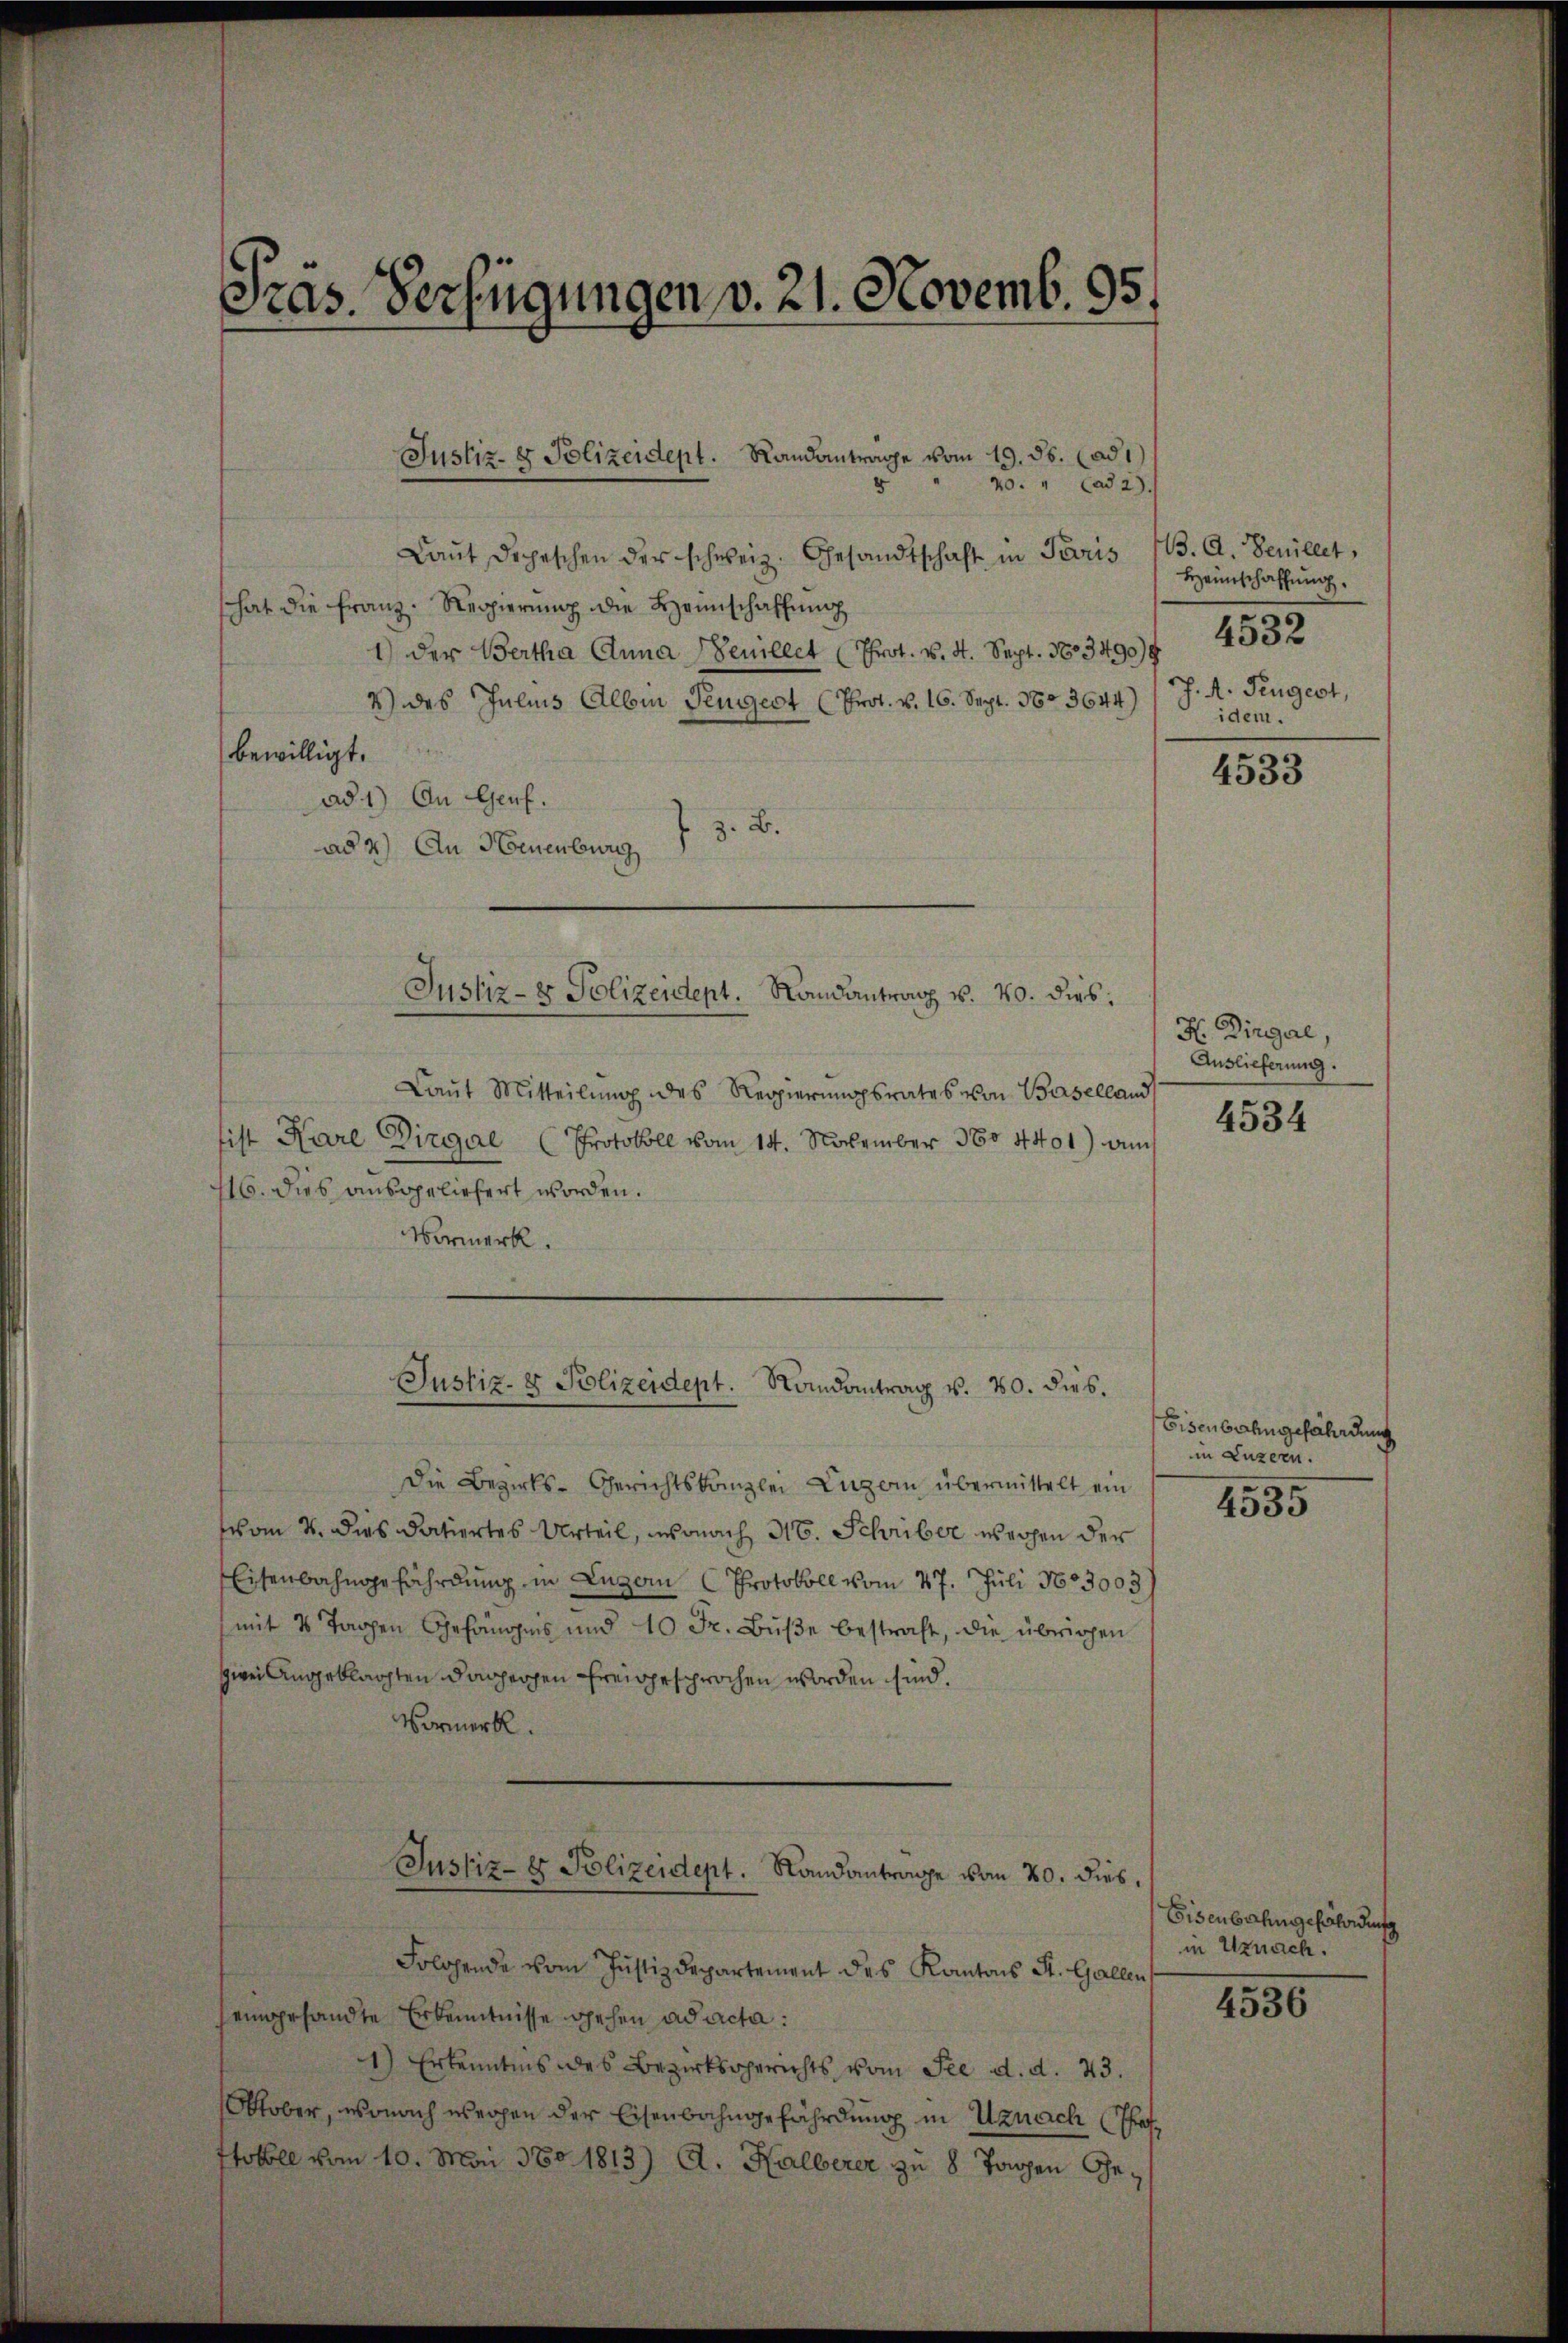
Gras. Verfügungen v. 21. Novemb. 95.

Justiz- & Polizeident. Randantrage vom 19. ds. ad 1)

Laŭt Depeschen der schweiz. Gesandtschaft in Paris
hat die Franz. Regierung die Heimschaffung
1) der Bertha Anna emillet (Prot. v. 4. Sept. 1603490)
V des Julius Albin Penigert (Prot. v. 16. Sept. 160. 3644)
bewilligt.
ad 1) An Genf.
 z. B.
ad 2) An Neuenburg
Laŭt Mitteilŭng des Regierŭngsrates von Baselland
ist Kare Dirgae (Protokoll vom 14. November 1804401) an
116. dies ausgeliefert worden.
Vormerk.
Justiz- & Polizeidept. Randantrag v. 20. dies.
Die Bezirks-Gerichtskanzlei Luzern übermittelt ein
vom 4. dies datiertes Urteil, wonach 16. Schriber wegen der
Eisenbahngefährdung in Luzern Protokoll vom 27. Juli 1853003
mit 8 Tagen Gefanges und 10 Fr. Bŭβe bestraft, die übrigen
zwei Angeklagten dagegen freigesprochen worden sind.
Vormerk.
Justiz- & Polizeidept. Randantrage von 20. dies,
Folgende vom Justizdepartement des Kantons St. Gallen
eingesandte Erkenntnisse gehen ad acta:
1) Erkenntnis des Bezirksgerichts vom See d. d. 43.
Oktober, wonach weihen der Eisenbahngefährdung in Uznach Thotokoll vom 10. Mai 180. 1813) A. Halberer zu 8 Tagen Ge¬

40. " Cad 2.

Justiz- & Polizeidept. Randantrag v. 20. dies

13. A. Denillet,
Heimschaffung.
4532
J. A. Fingert,
idem.

4533

H. Dirgal,
Auslieferung.

4534

Eisenbahngefährdung
in Luzern.

4535

Eisenbahngefährdung
in Uznach.

4536